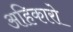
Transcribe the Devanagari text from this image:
अहिकारो